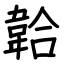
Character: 韐